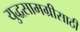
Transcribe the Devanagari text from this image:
युद्धसामग्रीसाठी